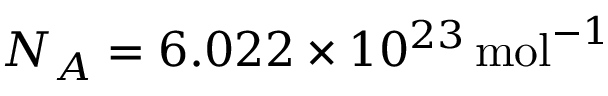
N _ { A } = 6 . 0 2 2 \times 1 0 ^ { 2 3 } \, \mathrm { m o l } ^ { - 1 }